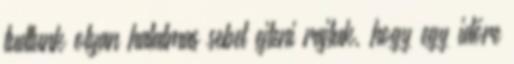
tudtunk olyan hatalmas sebet ejteni rajtuk, hogy egy időre